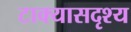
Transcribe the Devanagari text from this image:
टाक्यासदृश्य